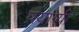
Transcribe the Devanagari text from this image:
पयाग्यी